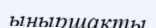
ыңыршақты